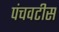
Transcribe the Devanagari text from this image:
पंचवटीस